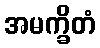
အမက္ခိတံ